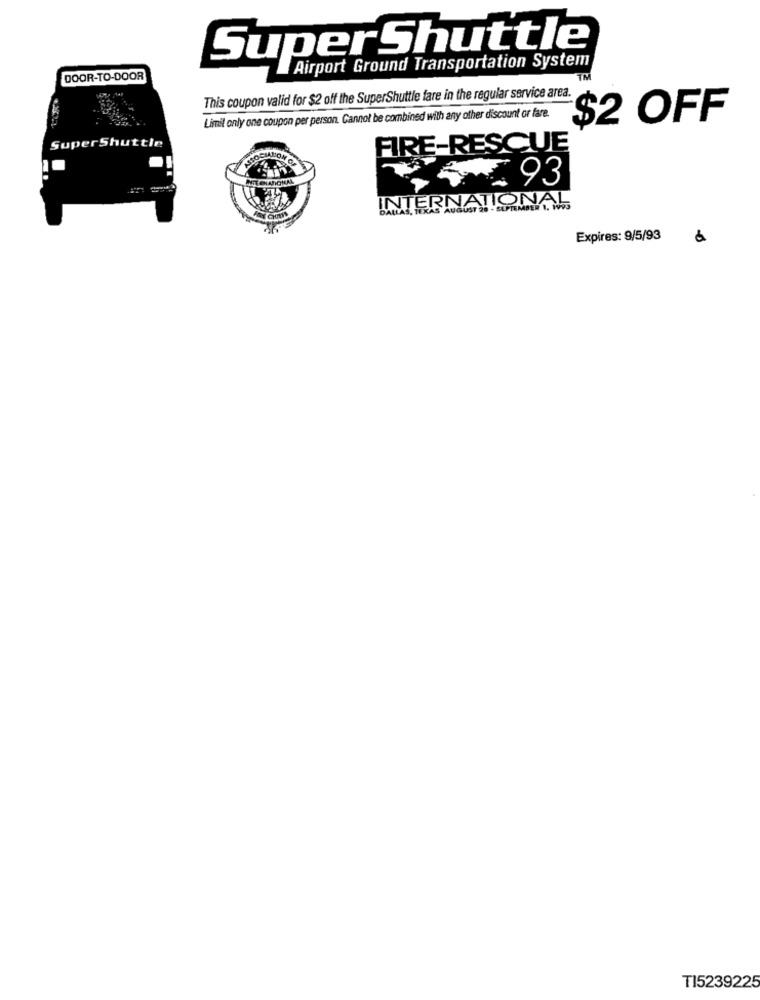
SuperShuttle
Airport Ground Transportation System
DOOR-TO-DOOR
TM
This coupon valid for $2 off the SuperShuttle fare in the regular service area.
Limil only one coupon per person. Cannot be combined with any other discount or fare.
$2 OFF
SuperShuttle
FIRE-RESCUE
CSOCIALIONO
5 .93
INTERNATIONAL
Expires: 9/5/93
TI5239225